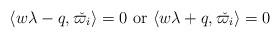
LaTeX: \begin{align*}\langle w\lambda-q,\check{\varpi_i}\rangle = 0 \textrm{ or } \langle w\lambda+q,\check{\varpi_i}\rangle = 0\end{align*}